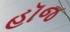
હૉજ